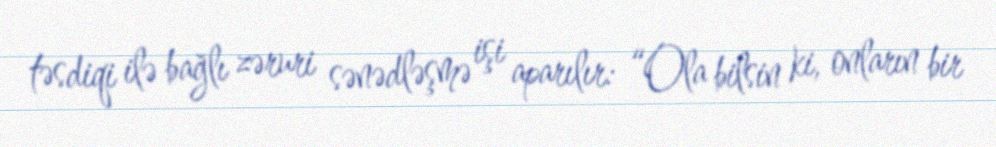
təsdiqi ilə bağlı zəruri sənədləşmə işi aparılır: “Ola bilsin ki, onların bir